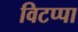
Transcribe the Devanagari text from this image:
विटप्पा